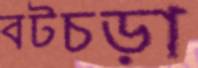
বটচড়া